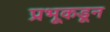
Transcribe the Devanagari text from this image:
प्रभूकडून